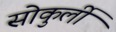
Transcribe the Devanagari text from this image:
सोकुर्ली